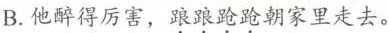
B.他醉得厉害，踉踉跄跄朝家里走去。